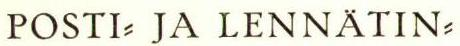
POSTI= JA LENNÄTIN=